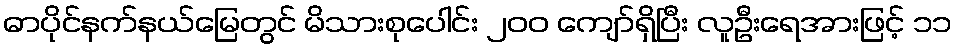
ဓာပိုင်နက်နယ်မြေတွင် မိသားစုပေါင်း ၂၀၀ ကျော်ရှိပြီး လူဦးရေအားဖြင့် ၁၁